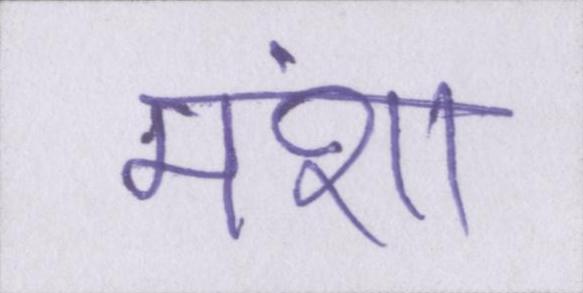
मंशा